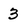
Character: 3